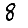
Digit: 8